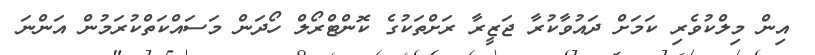
އިން މިލްކުވެރި ކަމަށް ދައުވާކުރާ ޖަޒީރާ ރަށްތަކުގެ ކޮންޓްރޯލް ހޯދަން މަސައްކަތްކުރަމުން އަންނަ